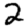
Digit: 2